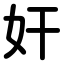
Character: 奸